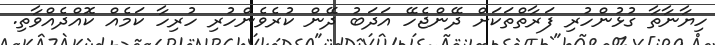
ހިޔާނާތާ ގުޅުންހުރި ފަރާތްތަކަށް ދޭންޖެހޭ އަދަބު ދޭން ކުރެވެންހުރި ހުރިހާ ކަމެއް ކޮއްދެއްވާތި.